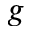
g